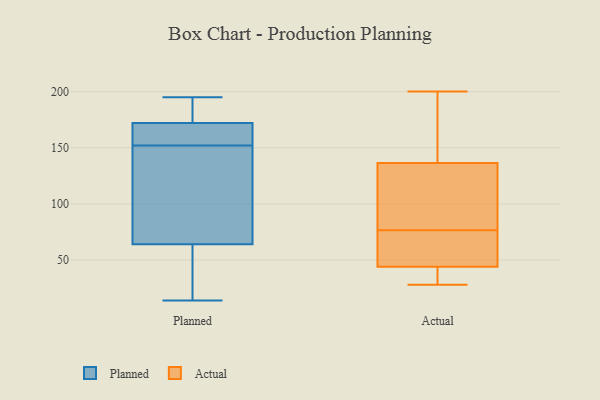
{"axis": {"x": "Page Views", "y": "Value"}, "legend": ["Actual", "Planned"], "data": [{"x": "", "y": 14, "type": "Planned"}, {"x": "", "y": 72, "type": "Planned"}, {"x": "", "y": 195, "type": "Planned"}, {"x": "", "y": 159, "type": "Planned"}, {"x": "", "y": 190, "type": "Planned"}, {"x": "", "y": 82, "type": "Planned"}, {"x": "", "y": 73, "type": "Planned"}, {"x": "", "y": 166, "type": "Planned"}, {"x": "", "y": 164, "type": "Planned"}, {"x": "", "y": 38, "type": "Planned"}, {"x": "", "y": 152, "type": "Planned"}, {"x": "", "y": 193, "type": "Planned"}, {"x": "", "y": 40, "type": "Planned"}, {"x": "", "y": 28, "type": "Actual"}, {"x": "", "y": 45, "type": "Actual"}, {"x": "", "y": 156, "type": "Actual"}, {"x": "", "y": 200, "type": "Actual"}, {"x": "", "y": 84, "type": "Actual"}, {"x": "", "y": 43, "type": "Actual"}, {"x": "", "y": 145, "type": "Actual"}, {"x": "", "y": 60, "type": "Actual"}, {"x": "", "y": 69, "type": "Actual"}, {"x": "", "y": 36, "type": "Actual"}, {"x": "", "y": 128, "type": "Actual"}, {"x": "", "y": 119, "type": "Actual"}]}